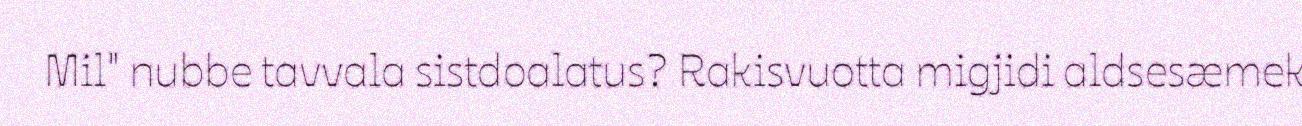
Mil" nubbe tavvala sistdoalatus? Rakisvuotta migjidi aldsesæmek